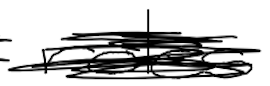
Text: roles
Cross-out: scratch
Writing tool: digital_black